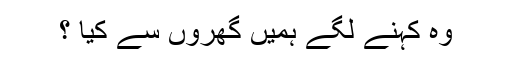
وہ کہنے لگے ہمیں گھروں سے کیا ؟